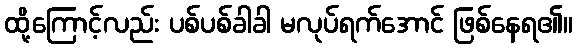
ထို့ကြောင့်လည်း ပစ်ပစ်ခါခါ မလုပ်ရက်အောင် ဖြစ်နေရ၏။